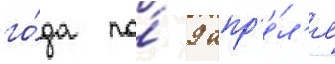
го́да по́ 9 апр'е́л'я